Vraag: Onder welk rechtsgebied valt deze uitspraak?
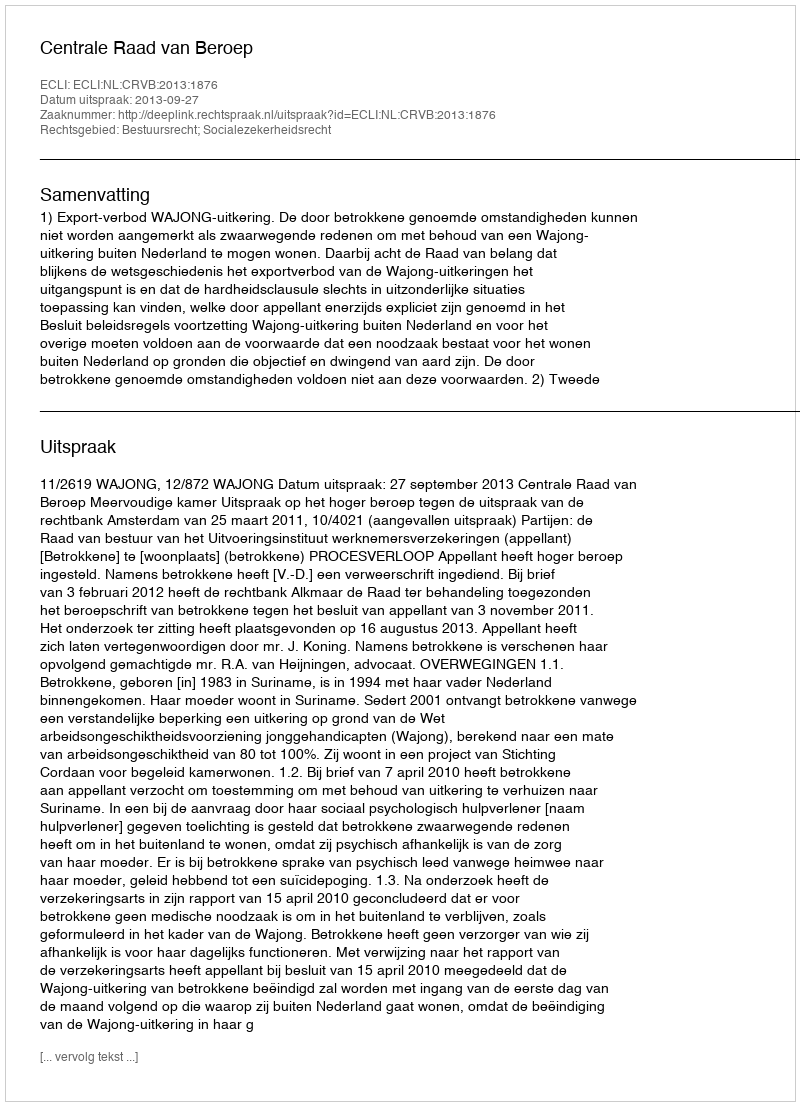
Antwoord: Bestuursrecht; Socialezekerheidsrecht